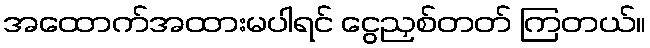
အထောက်အထားမပါရင် ငွေညှစ်တတ် ကြတယ်။